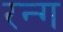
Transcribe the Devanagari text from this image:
रन्ग